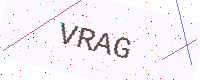
Text: VRAG